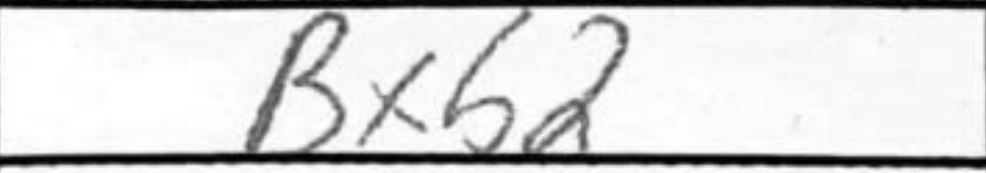
Transcription: Bxb2